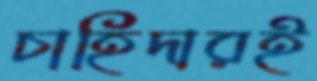
চাহিদারই